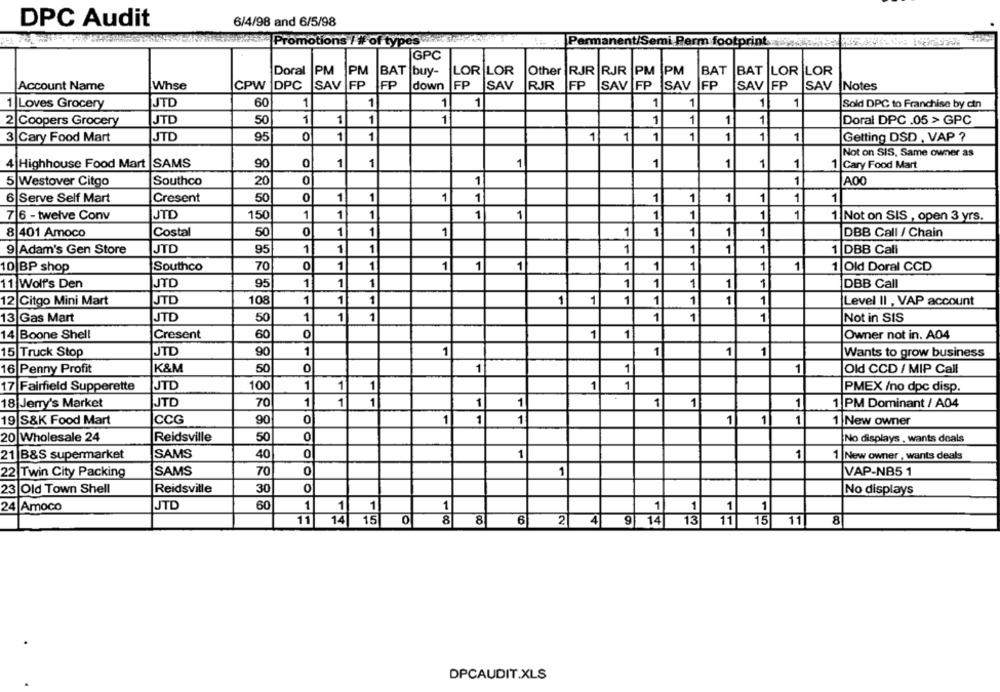
DPC Audit
6/4/98 and 6/5/98
Promotions / # of types
Permanent/Semi Perm footprint
GPC
Doral
PM
PM
BAT buy-
LOR LOR
Other RJR RJR PM PM
BAT
BAT LOR LOR
Account Name
Whse
CPW
DPC
SAV FP
FP
down
FP
SAV
RJR
FP
SAV FP
SAV |FP
SAV FP
SAV
Notes
JTD
60
1
1
1
1
1
1
1
1
1 Loves Grocery
Sold DPC to Franchise by cin
2 Coopers Grocery
JTD
50
1
1
1
1
1
1
1
1
Doral DPC .05 > GPC
3 Cary Food Mart
JTD
95
0
1
1
1
1
1
1
1
1
1
Getting DSD , VAP ?
Not on SIS, Same owner as
4|Highhouse Food Mart SAMS
90
0
1
1
1
1
1
1
1
1 Cary Food Mart
0
1
AO0
5 Westover Citgo
Southco
20
1
6 Serve Self Mart
Cresent
50
0
1
1
1
1
1
1
1
1
1
1
JTD
1
1
1
1
1
1
1
1
7 6 - twelve Conv
150
1
1 Not on SIS , open 3 yrs.
8 401 Amoco
Costal
50
0
1
1
1
1
1
1
1
1
DBB Call / Chain
JTD
1
1
1
1
1
1
1
9 Adam's Gen Store
95
1 DBB Call
10 BP shop
Southco
70
0
1
1
1
1
1
1
1
1
1
1
1 Old Doral CCD
JTD
95
1
1
1
1
1
1
1
1
DBB Call
11 Wolf's Den
12 Citgo Mini Mart
JTD
108
1
1
1
1
1
1
1
1
1
1
Level II , VAP account
13 Gas Mart
50
1
1
1
1
1
1
Not in SIS
13
JTD
Boone Shell
Cresent
60
0
1
1
Owner not in. A04
15
JTD
90
1
1
1
1
1
Truck Stop
Wants to grow business
K&M
16 Penny Profit
50
0
1
1
1
Old CCD / MIP Call
17 Fairfield Supperette
JTD
100
1
1
1
1
1
PMEX /no dpc disp.
1
1
1
1
18 Jerry's Market
JTD
70
1
1
1
1
1 PM Dominant / A04
19 S&K Food Mart
CCG
90
0
1
1
1
1
1
1
1 New owner
0
20 Wholesale 24
Reidsville
50
No displays , wants deals
21 B&S supermarket
SAMS
40
0
1
1
1 |New owner , wants deals
70
0
1
VAP-NB5 1
Twin City Packing
SAMS
Old Town Shell
Reidsville
30
No displays
60
1
1
1
1
1
1
24 Amoco
JTD
1
6
4
14
11
14 15 0 8
8
2
9
13
11
15
11
8
DPCAUDIT.XLS